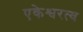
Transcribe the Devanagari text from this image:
एकेश्वरत्व